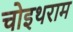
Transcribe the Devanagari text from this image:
चोइथराम